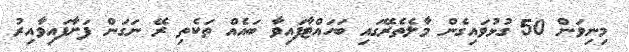
މިނިވަން 50 ގުޅުވައިގެން މާލެތެރޭގައި ބަހައްޓާފައިވާ ބައެއް ތަކެތި ރޭ ނަގަން ފަށާފައިވާއިރު